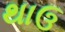
થાઉ